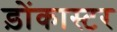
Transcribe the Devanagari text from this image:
ड़ोंकास्टर